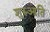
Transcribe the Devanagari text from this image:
शुरुआति